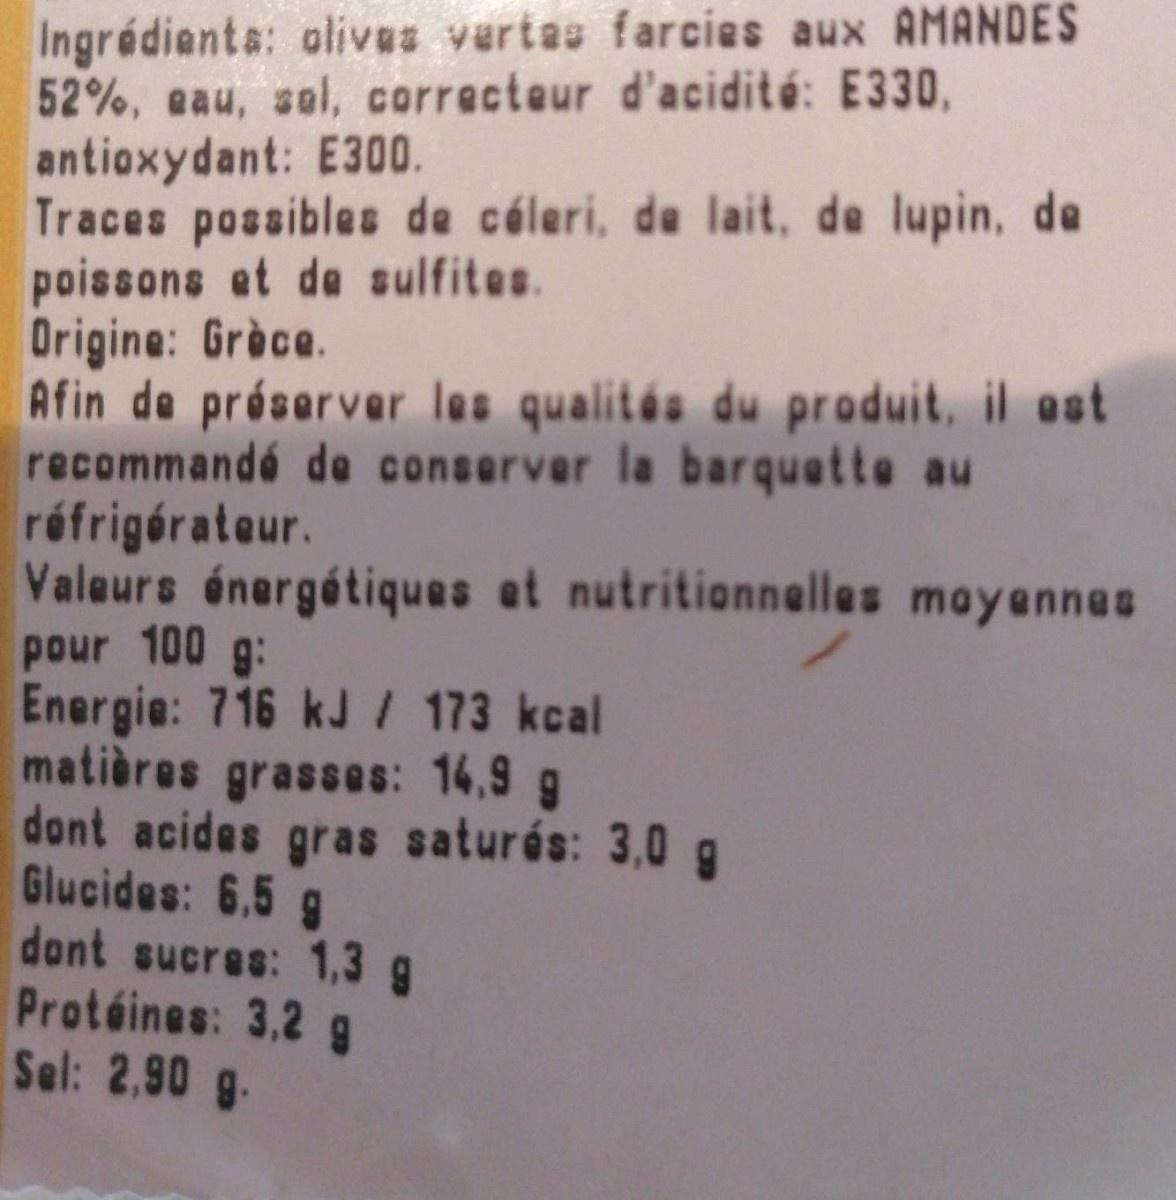
Ingrédienta: olivas vertas farcies aux AMANDES 52%, eau, sol, correcteur d'acidité: E330, antioxydant: E300. Traces possibles de cáleri, de lait, de lupin, de poissons et de sulfites. Origine: Gròce. Afin de préserver les qualités du produit, il est recommandé de conserver la barquette au réfrigérateur. Valeurs énergétiques et nutritionnelles moyennes pour 100 g: Energie: 716 kJ/ 173 kcal matières grasses: 14,9 g dont acides gras saturés: 3,0 g Glucides: 6.5 g dont sucres: 1,3 g Protéines: 3,2 g Sel: 2,90 g.